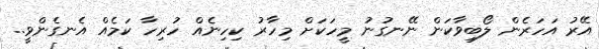
އޭރު އަހަރެން ލޯބިވާކަން ނޭނގުނު މީހަކަށް މިހާރު ކިހިނެއް ހުރިހާ ކަމެއް އެނގެންވީ..